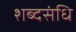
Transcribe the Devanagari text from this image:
शब्दसंधि